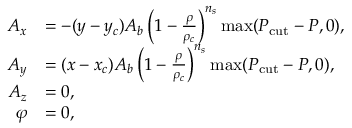
\begin{array} { r l } { A _ { x } } & { = - ( y - y _ { c } ) A _ { b } \left( 1 - \frac { \rho } { \rho _ { c } } \right) ^ { n _ { s } } \operatorname* { m a x } ( P _ { \mathrm { c u t } } - P , 0 ) , } \\ { A _ { y } } & { = ( x - x _ { c } ) A _ { b } \left( 1 - \frac { \rho } { \rho _ { c } } \right) ^ { n _ { s } } \operatorname* { m a x } ( P _ { \mathrm { c u t } } - P , 0 ) , } \\ { A _ { z } } & { = 0 , } \\ { \varphi } & { = 0 , } \end{array}